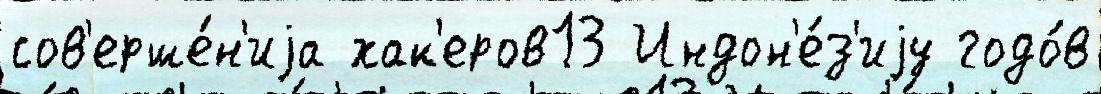
сов'ерше́н'иjа хак'еров13 Индон'е́з'иjу годо́в